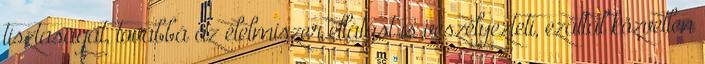
tisztaságát, továbbá az élelmiszer ellátást is veszélyezteti, ezáltal közvetlen